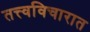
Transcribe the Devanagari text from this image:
तत्त्वविचारात